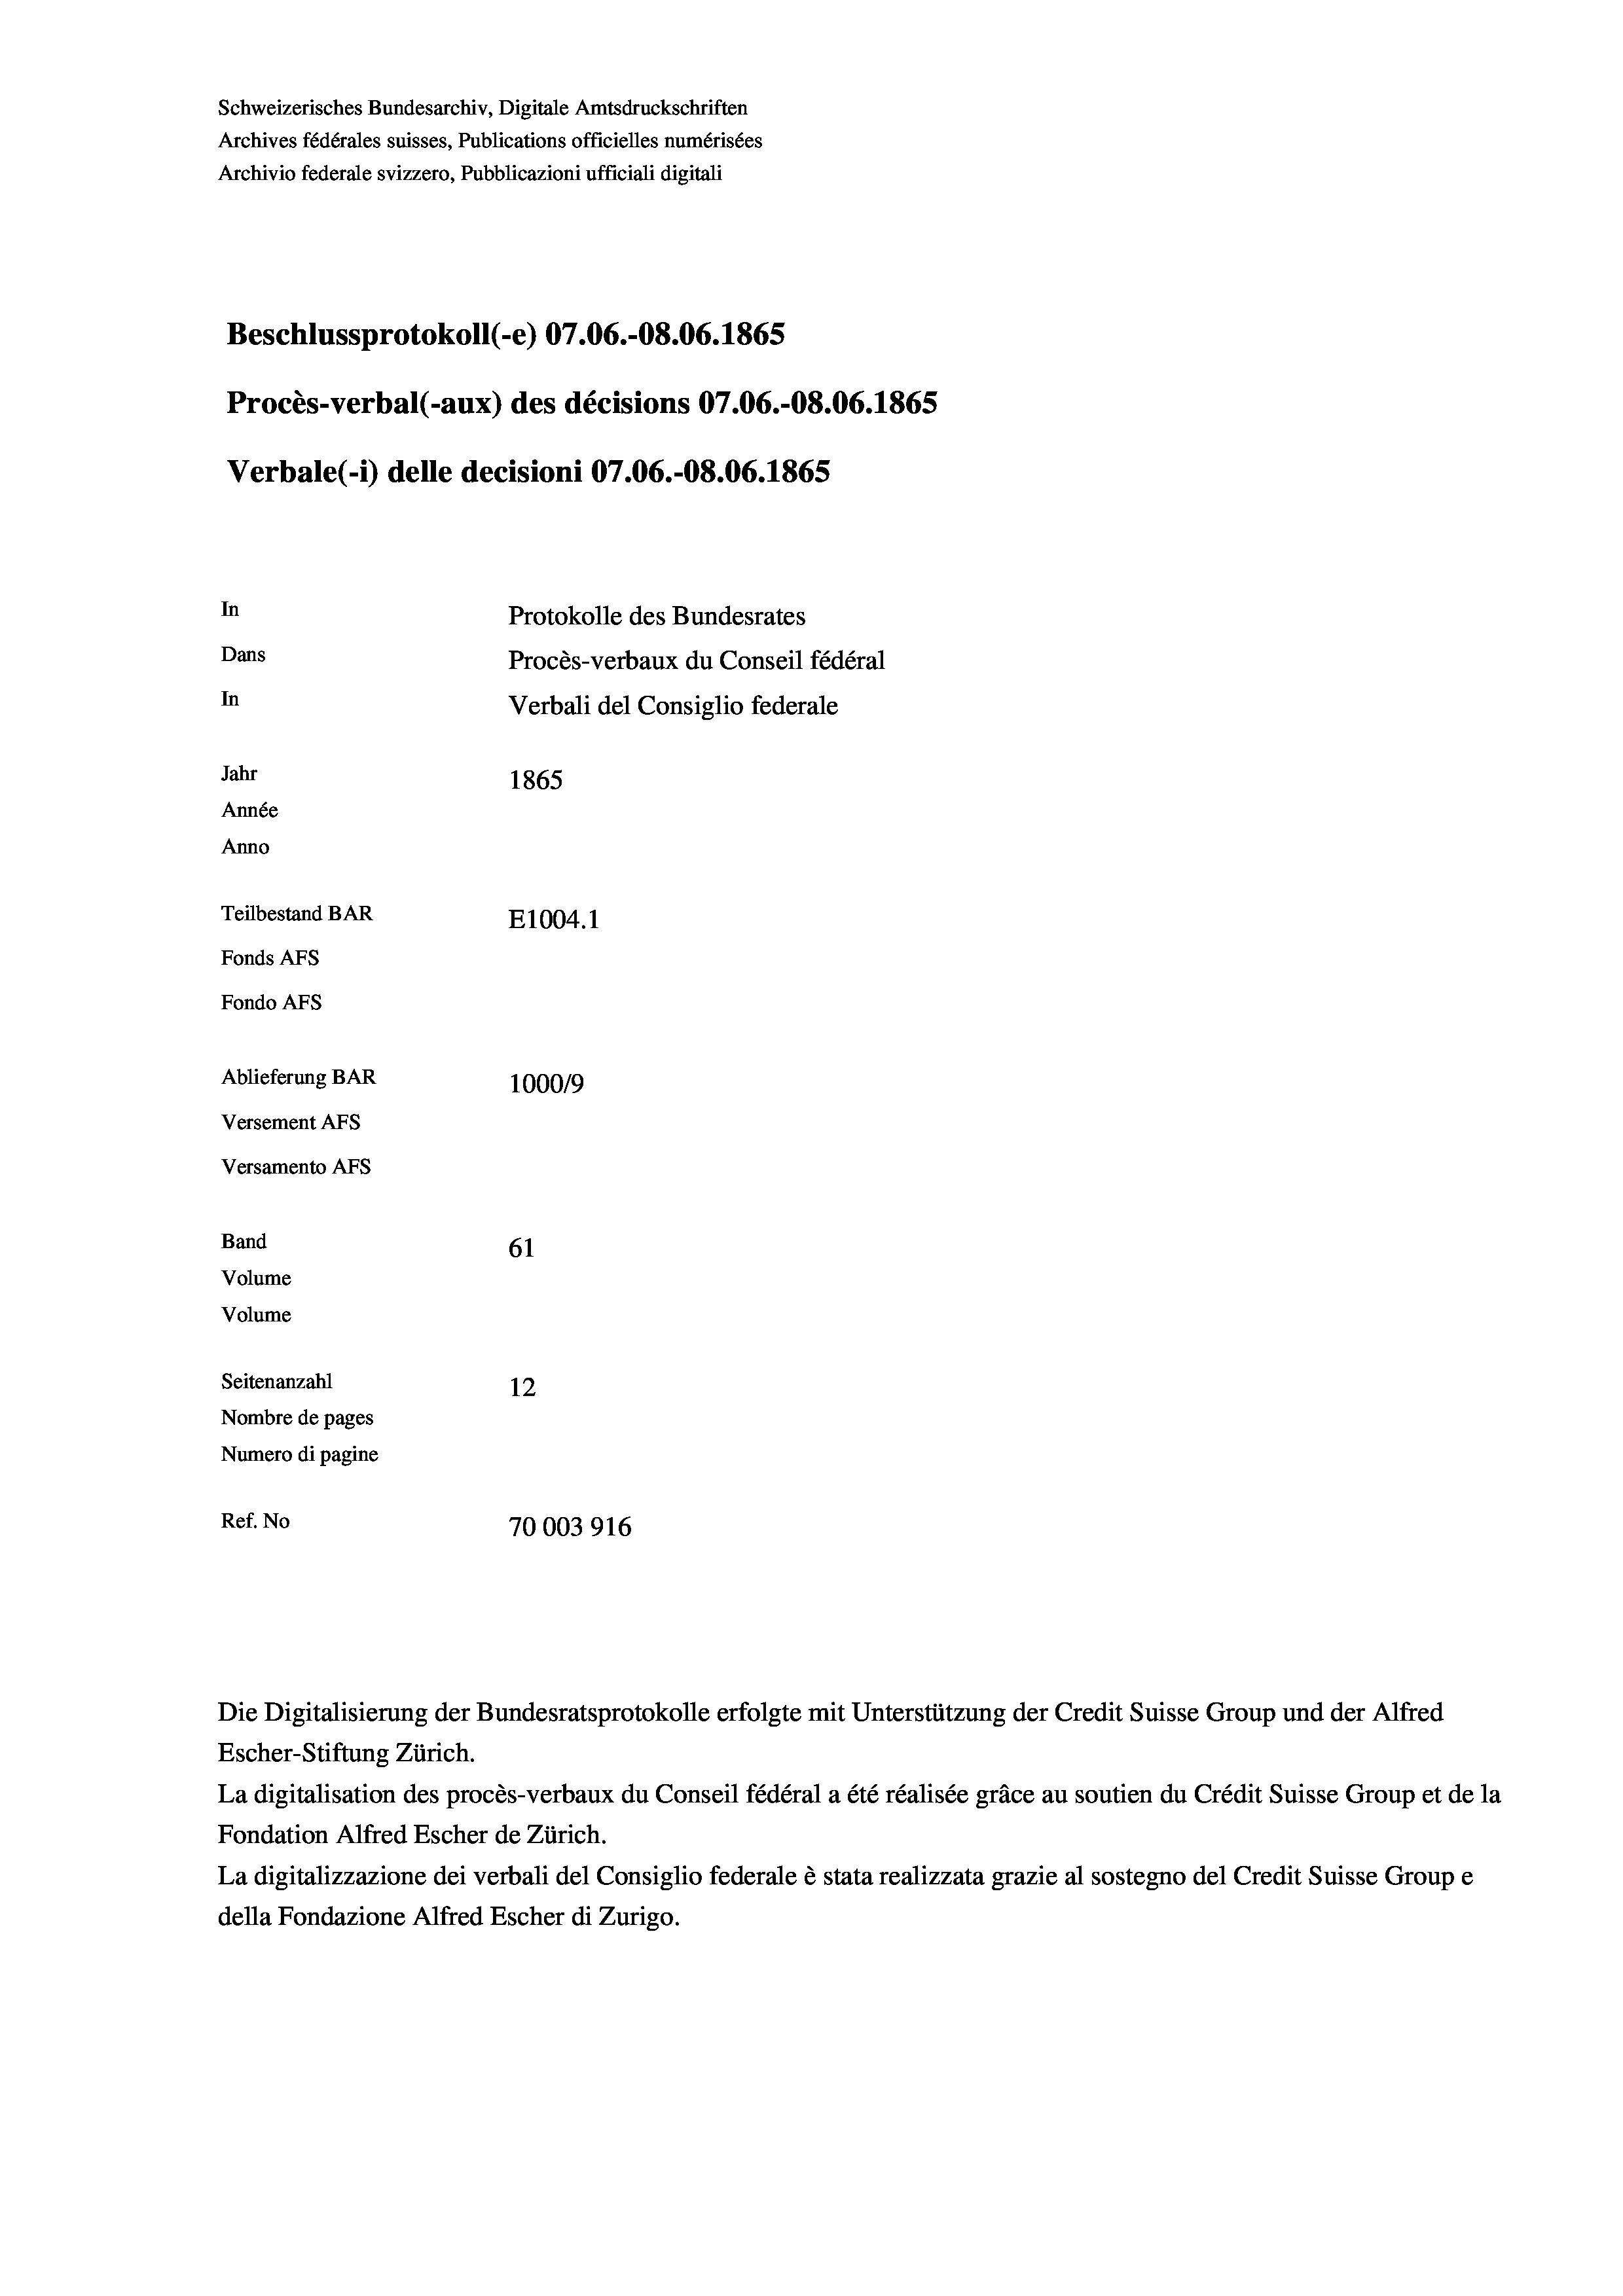
Schweizerisches Bundesarchiv, Digitale Amtsdruckschriften
Archives fédérales suisses, Publications officielles numérisées
Archivio federale svizzero, Pubblicazioni ufficiali digitali

Beschlussprotokoll (-e) 07.06.-O8.06. 1865
Procès-verbal (-aux) des décisions 07.06.-O8.06. 1865
Protokolle des Bundesrates
Dans
Procès-verbaux du Conseil fédéral
In
Verbali del Consiglio federale
Jahr
1865
Année
Anno
Teilbestand BAR
E1004.1
Fonds AFs
Fondo Afs

In

Ablieferung BAR
Versement AFs
Versamento AFs
Band
61
Volume
Volume
Seitenanzahl

Verbale (1) delle decisioni 07.06.-O8.06. 1865

100019
12
Nombre de pages
Numero di pagine
Ref. No
70003916

Escher-Stiftung Zürich.
La digitalisation des procès-verbaux du Conseil fédéral a été réalisée gräce au soutien du Crédit Suisse Group et de la
Fondation Alfred Escher de Zürich.
La digitalizzazione dei verbali del Consiglio federale è stata realizzata grazie al sostegno del Credit Suisse Groupe
della Fondazione Alfred Escher di Zurigo.

Die Digitalisierung der Bundesratsprotokolle erfolgte mit Unterstützung der Credit Suisse Group und der Alfred